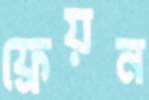
ফ্রেয়ন